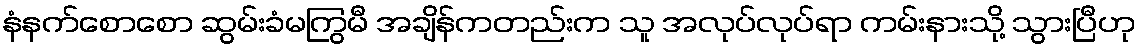
နံနက်စောစော ဆွမ်းခံမကြွမီ အချိန်ကတည်းက သူ အလုပ်လုပ်ရာ ကမ်းနားသို့ သွားပြီဟု